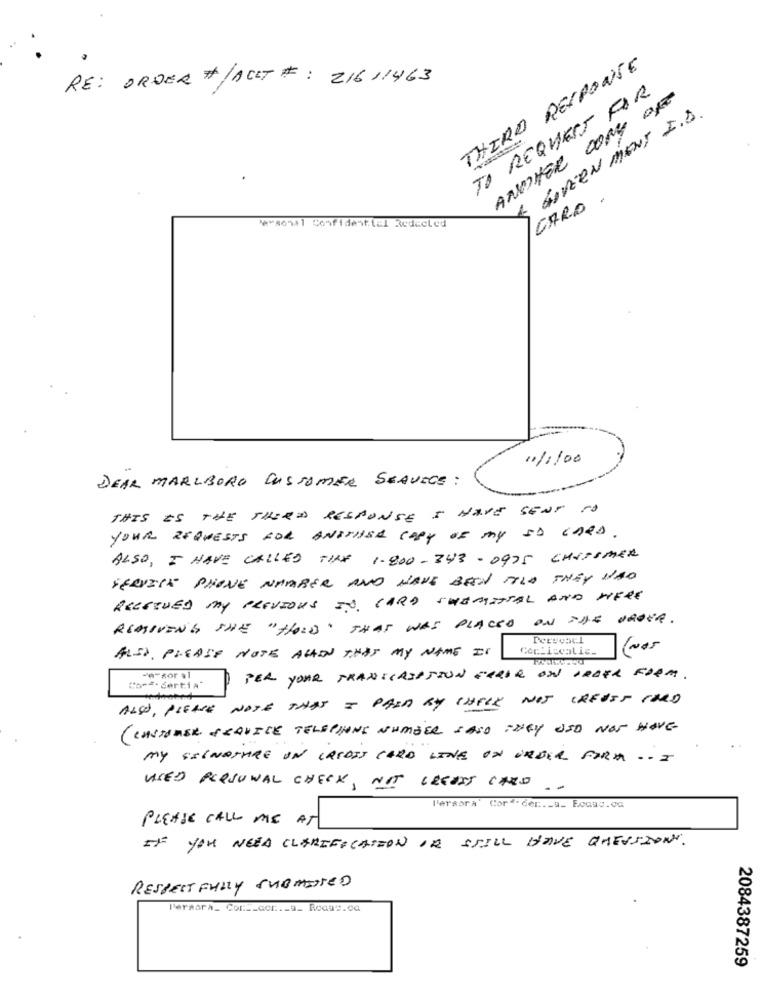
THIRD RESPONSE
RE: ORDER #/ACET # : 21611463
TO REQUEST FOR
ANDHER COM BRE
& GOVERNMENT I.D.
.
CARO
*** soil Confidential Redecled
"11100
DEAR MARLBORO CUSTOMER SERVICE :
THIS IS THE THIRD RESPONSE I HAVE SENT TO
YOUR REQUESTS FOR ANSTHEA COPY OF MY SD CARD.
ALSO, I HAVE CALLED TINE 1.800-343-0975 CHESSMER
SERVICE PHONE NUMBER AND HAVE BEN TOLD THEY HAD
RECEIVED MY PREVIOUS JO, CARO SUBMITTAL AND HERE
REMIVENG THE "HOLD" THAT WAS PLACED ON THE ORDER.
Pervesel
ALSO, PLEASE NOTE ALLEN THAT MY NAME IS
(Nos
PER YOUR TRANSCRIPTION GERAR ON ORDER FORM.
"or". dertia"
ALSO, PLEASE NOTE THAT I PAID BY CHELE WOS CREOSS TARD
( CUSTOMER SERVICE TELEPHONE NUMBER CASO THEY OSD NOS HOVE
MY SIGNATURE UN CREDIT CARD LINE ON ORDER FORM .. I
USED PERSONAL CHECK, NOT CREOSS CARD
.-
Persora' Corª-der ._ a_ Focac.ca
PLEASE CALL ME AT
IF YOU NEED CLARIFICATION IR STILL HAVE QUEUSZONY.
RESPECT FULLY SUBMITTED
Persora_ Cor __ acr ._ a_ Rodas.ca
2084387259